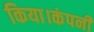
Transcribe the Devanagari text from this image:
किया।कंपनी